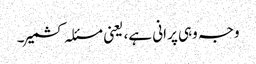
وجہ وہی پرانی ہے، یعنی مسئلہ کشمیر۔